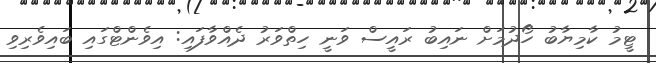
ޓީމު ކާމިޔާބު ހޯދުމަށް ނައިބު ރައީސް ވަނީ ހިތްވަރު ދެއްވާފައި: އިވެންޓްގައި ބައިވެރިވި